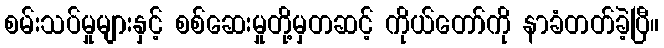
စမ်းသပ်မှုများနှင့် စစ်ဆေးမှုတို့မှတဆင့် ကိုယ်တော်ကို နာခံတတ်ခဲ့ပြီ။